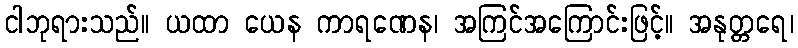
ငါဘုရားသည်။ ယထာ ယေန ကာရဏေန၊ အကြင်အကြောင်းဖြင့်။ အနုတ္တရေ၊